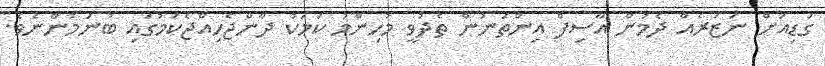
ގަޑިއަށް ނަޒަރެއް ދެމުން އާސިފް އިންތަނުން ތެދުވީ މުހިންމު ކަމަކު ދާންޖެހިއްޖެކަމުގައި ބުނަމުންނެވެ.